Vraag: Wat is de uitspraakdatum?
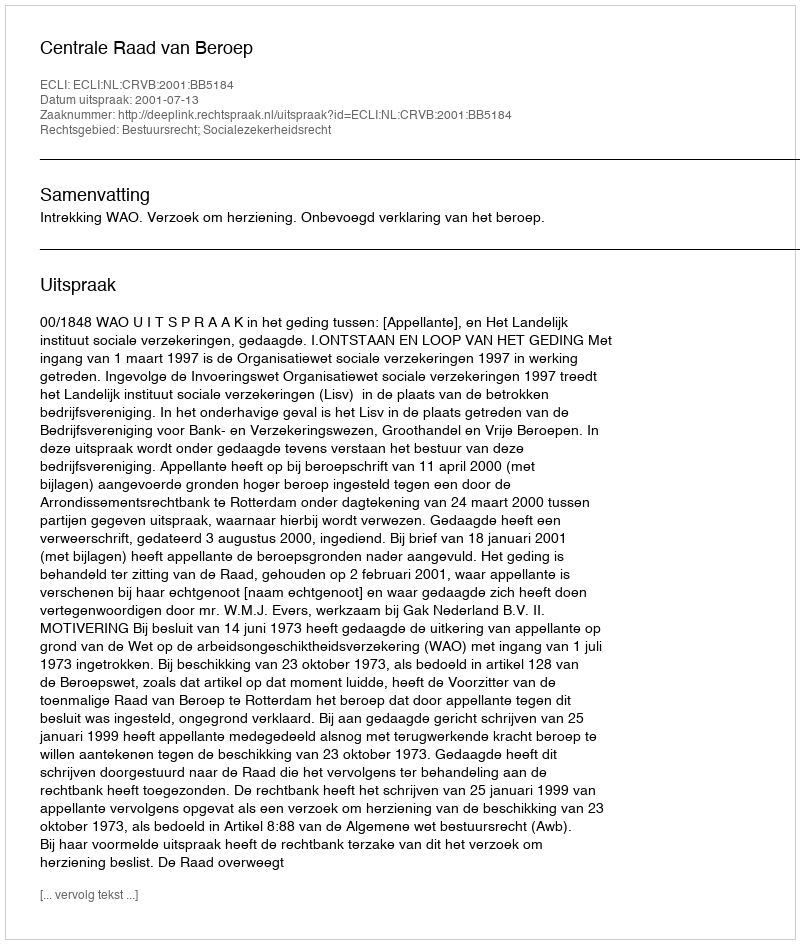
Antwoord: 2001-07-13